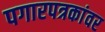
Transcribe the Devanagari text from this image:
पगारपत्रकांवर